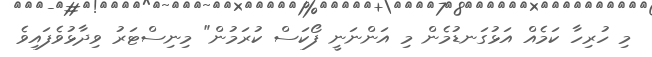
މި ހުރިހާ ކަމެއް އަޅުގަނޑުމެން މި އަންނަނީ ފޯކަސް ކުރަމުން" މިނިސްޓަރު ވިދާޅުވެފައިވެ